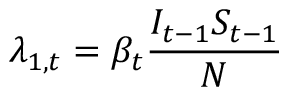
\lambda _ { 1 , t } = \beta _ { t } \frac { I _ { t - 1 } S _ { t - 1 } } { N }